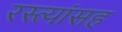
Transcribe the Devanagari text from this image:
रस्त्यांसह